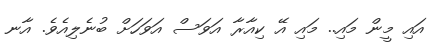
އައި މީން މައި.. މައި އޭ ކިއާރާ އަވަސް އަވަހަށް ބުނެލިއެވެ. އާނ